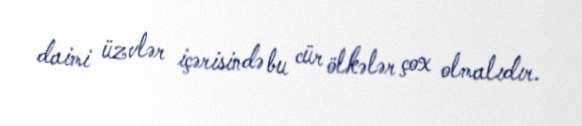
daimi üzvlər içərisində bu cür ölkələr çox olmalıdır.